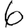
Digit: 6